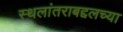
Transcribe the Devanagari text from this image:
स्थलांतराबद्दलच्या